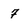
Character: 7